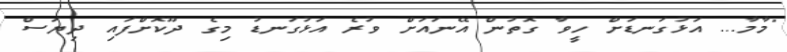
"މާމާ... އަޅުގަނޑަށް ހީވާ ގޮތުން އޭނައަށް ވުރެ އަޅުގަނޑު މިގެ ދޫކޮށްފައި ދިޔަސް